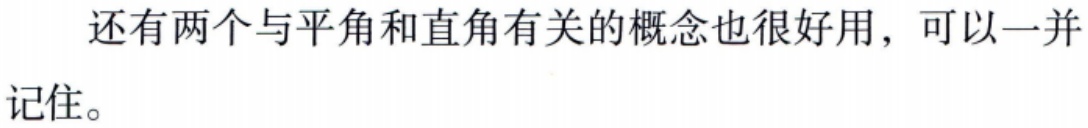
还有两个与平角和直角有关的概念也很好用，可以一并记住。